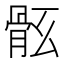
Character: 𩨤